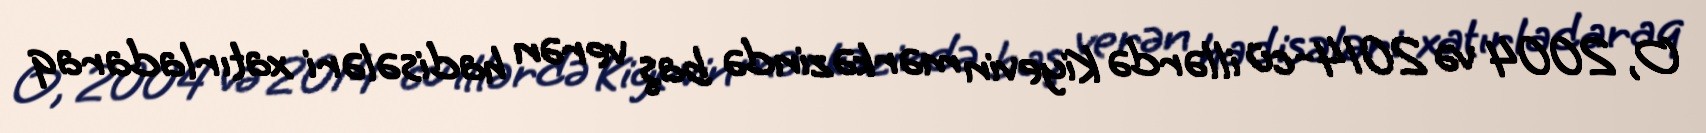
O, 2004 və 2014-cü illərdə Kiyevin mərkəzində baş verən hadisələri xatırladaraq